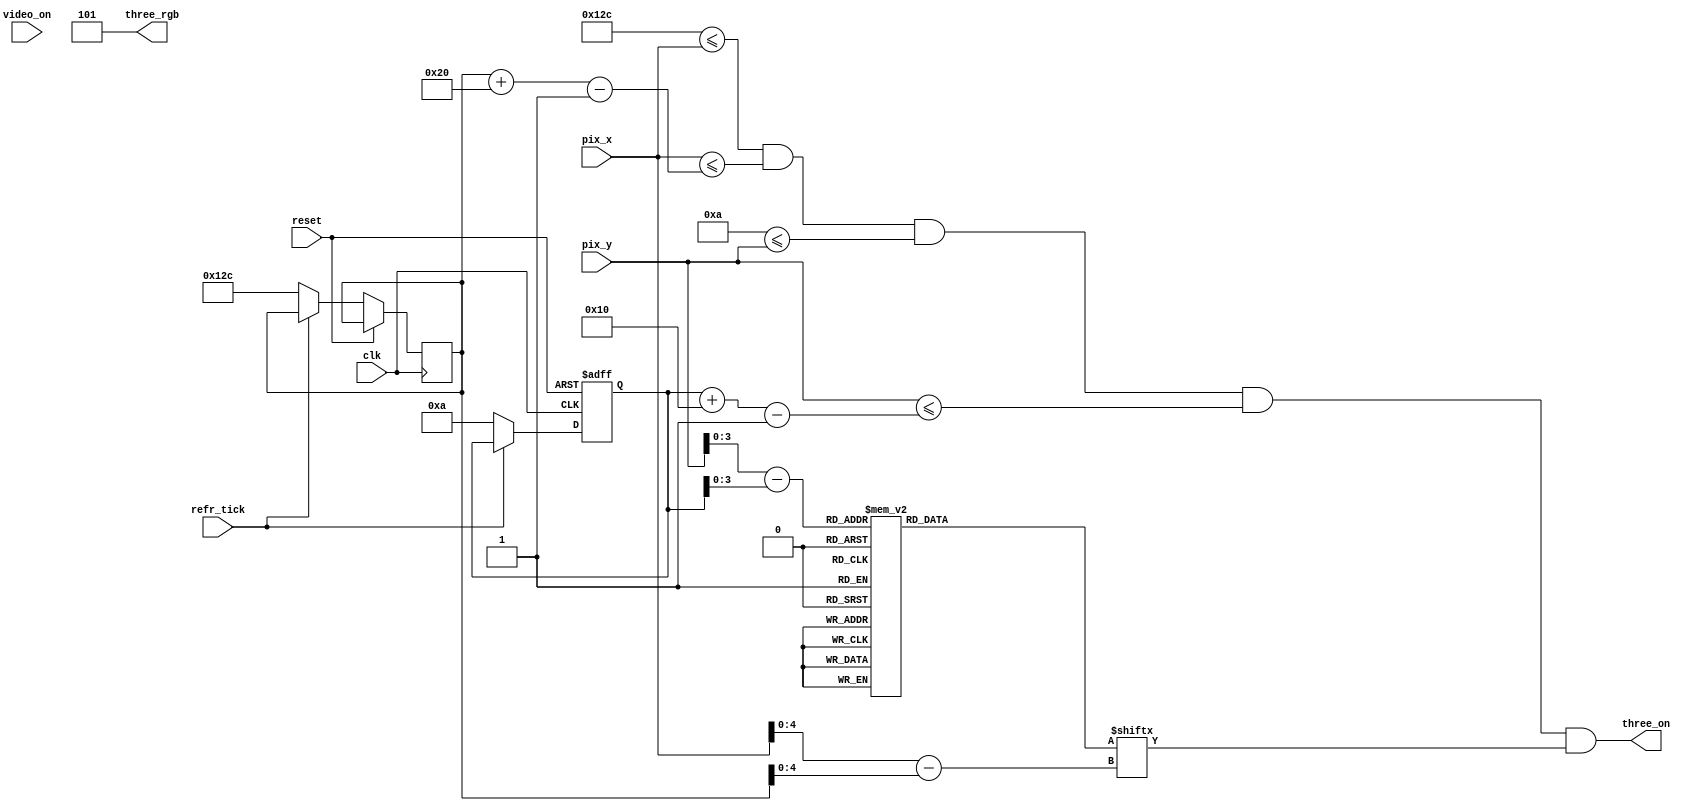
module Three_3(clk, reset,video_on, refr_tick,pix_x,pix_y,three_on,three_rgb);
    input clk, reset;
    input video_on, refr_tick;
    input [9:0] pix_x;
    input [9:0] pix_y;
    output three_on;
    output [2:0] three_rgb;

  
  //--------------------------------------------
   // Three Logo
   //--------------------------------------------
   wire [3:0] Three_rom_addr; 
	wire [4:0] Three_rom_col;
   reg [31:0] Three_rom_data;
   wire Three_rom_bit,Three_Logo_on, Logo_on ;
   //--------------------------------------------
   // Three Logo Positioning
   //--------------------------------------------
   // Logo Position left, Top boundary
   localparam Three_X_L = 300;
	localparam Three_X_R = 331;
   localparam Three_X_T = 10;
	localparam Three_X_B = 25;
   
   localparam Three_Logo_x = 32;
   localparam Three_Logo_y = 16;

	 // Three left, right boundary
   wire [9:0] Three_x_l, Three_x_r;
   // Three top, bottom boundary
   wire [9:0] Three_y_t, Three_y_b;
   // reg to track left, top position
   reg [9:0] Three_x_reg, Three_y_reg;
   wire [9:0] Three_x_next, Three_y_next; 

	// body
   //--------------------------------------------
   // Three Logo
   //--------------------------------------------
   always @*
   case (Three_rom_addr)
      6'h0: Three_rom_data = 32'b00000000000111111111100000000000; //   ****
      6'h1: Three_rom_data = 33'b00000000001111111111110000000000; //  ******
      6'h2: Three_rom_data = 32'b00000000001110000001110000000000; // ********
      6'h3: Three_rom_data = 32'b00000000001110000000000000000000; // ********
      6'h4: Three_rom_data = 32'b00000000001110000000000000000000; // ********
      6'h5: Three_rom_data = 32'b00000000001110000000000000000000; // ********
      6'h6: Three_rom_data = 32'b00000000001110000000000000000000; //  ******
      6'h7: Three_rom_data = 32'b00000000000111111111100000000000; //   ****
	 6'h8: Three_rom_data = 32'b00000000000111111111100000000000; //   ****
      6'h9: Three_rom_data = 32'b00000000001110000000000000000000; //  ******
      6'hA: Three_rom_data = 32'b00000000001110000000000000000000; // ********
      6'hB: Three_rom_data = 32'b00000000001110000000000000000000; // ********
      6'hC: Three_rom_data = 32'b00000000001110000000000000000000; // ********
      6'hD: Three_rom_data = 32'b00000000001110000001110000000000; // ********
      6'hE: Three_rom_data = 32'b00000000001111111111110000000000; //  ******
      6'hF: Three_rom_data = 32'b00000000000111111111100000000000; //   ****

   endcase

    //------------------------------------------
	 // Register for Three logo
	 //------------------------------------------
	  // registers
   always @(posedge clk, posedge reset)
      if (reset)
         begin
           
			Three_y_reg <= 0;
            
         end
      else
         begin
            
		   	Three_x_reg <= Three_x_next;
		   	Three_y_reg <= Three_y_next;
            
         end


	//--------------------------------------------
   // Three Logo
   //--------------------------------------------
   // boundary
   assign Three_x_l = Three_x_reg;
   assign Three_y_t = Three_y_reg;
   assign Three_x_r = Three_x_l + Three_Logo_x - 1;
   assign Three_y_b = Three_y_t + Three_Logo_y - 1;
   // pixel within logo
   assign Logo_on =
            (Three_X_L<=pix_x) && (pix_x<=Three_x_r) &&
            (Three_X_T<=pix_y) && (pix_y<=Three_y_b);

	  //assign Logo_on =
     //       (Three_x_l<=Three_X_L) && (pix_x<=Three_x_r) &&
     //       (Three_y_t<=Three_X_T) && (pix_y<=Three_y_b);
   // map current pixel location to ROM addr/col
   assign Three_rom_addr = pix_y[3:0] - Three_y_t[3:0];
   assign Three_rom_col = pix_x[4:0] - Three_x_l[4:0];
   assign Three_rom_bit = Three_rom_data[Three_rom_col];
   // pixel within logo
   assign three_on = (Logo_on & Three_rom_bit);
   assign three_rgb = 3'b101; 
   
   //  assign Three_x_next = (refr_tick)?  Three_x_reg + 1'b1:Three_x_reg;
   //	 assign Three_y_next = (refr_tick) ? Three_y_reg + 1'b1:Three_y_reg;
   assign Three_x_next = (refr_tick) ?  Three_x_reg: Three_X_L;
   assign Three_y_next = (refr_tick) ? Three_y_reg : Three_X_T ;



endmodule